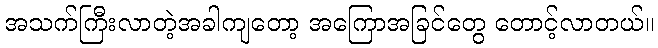
အသက်ကြီးလာတဲ့အခါကျတော့ အကြောအခြင်တွေ တောင့်လာတယ်။